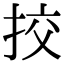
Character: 挍